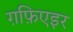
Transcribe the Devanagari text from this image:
ग़फ़िएइर